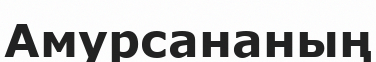
Амурсананың